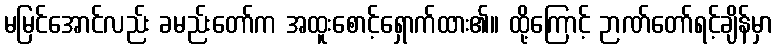
မမြင်အောင်လည်း ခမည်းတော်က အထူးစောင့်ရှောက်ထား၏။ ထို့ကြောင့် ဉာဏ်တော်ရင့်ချိန်မှာ